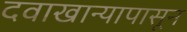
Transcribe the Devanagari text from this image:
दवाखान्यापासून